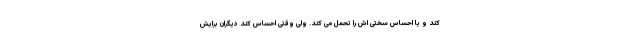
کند و یا احساس سختی اش را تحمل می کند. ولی وقتی احساس کند دیگران برایش